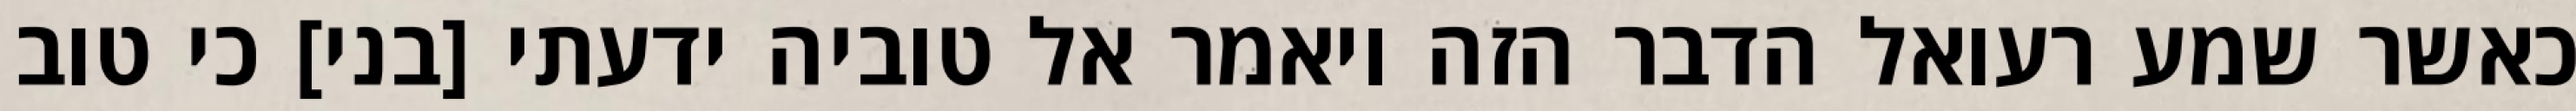
כאשר שמע רעואל הדבר הזה ויאמר אל טוביה ידעתי [בני] כי טוב